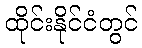
ထိုင်းနိုင်ငံတွင်